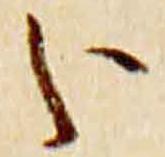
分